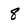
Character: 8